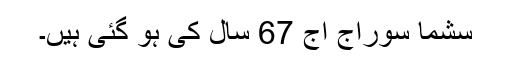
سشما سوراج آج 67 سال کی ہو گئی ہیں۔